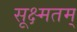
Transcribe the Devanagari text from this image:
सूक्ष्मतम्